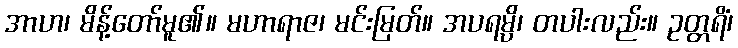
အာဟ၊ မိန့်တော်မူ၏။ မဟာရာဇ၊ မင်းမြတ်။ အပရမ္ပိ၊ တပါးလည်း။ ဥတ္တရိံ၊